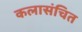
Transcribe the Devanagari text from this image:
कलासंचित